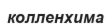
колленхима